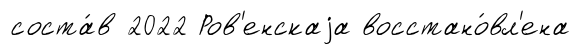
соста́в 2022 Ров'енскаjа восстано́вл'ена